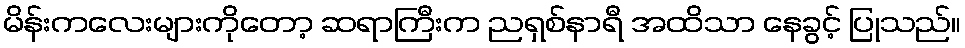
မိန်းကလေးများကိုတော့ ဆရာကြီးက ညရှစ်နာရီ အထိသာ နေခွင့် ပြုသည်။